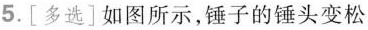
5.[多选]如图所示，锤子的锤头变松